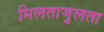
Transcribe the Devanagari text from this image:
मिलताजुलता